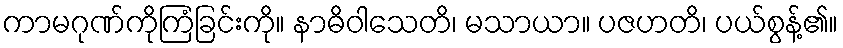
ကာမဂုဏ်ကိုကြံခြင်းကို။ နာဓိဝါသေတိ၊ မသာယာ။ ပဇဟတိ၊ ပယ်စွန့်၏။